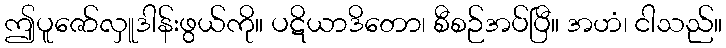
ဤပူဇော်လှူဒါန်းဖွယ်ကို။ ပဋိယာဒိတော၊ စီစဉ်အပ်ပြီ။ အဟံ၊ ငါသည်။